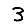
Digit: 3